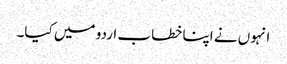
انہوں نے اپنا خطاب اردو میں کیا۔